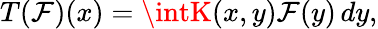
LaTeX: T(\mathcal{F})(x)=\intK(x,y)\mathcal{F}(y)\, dy,